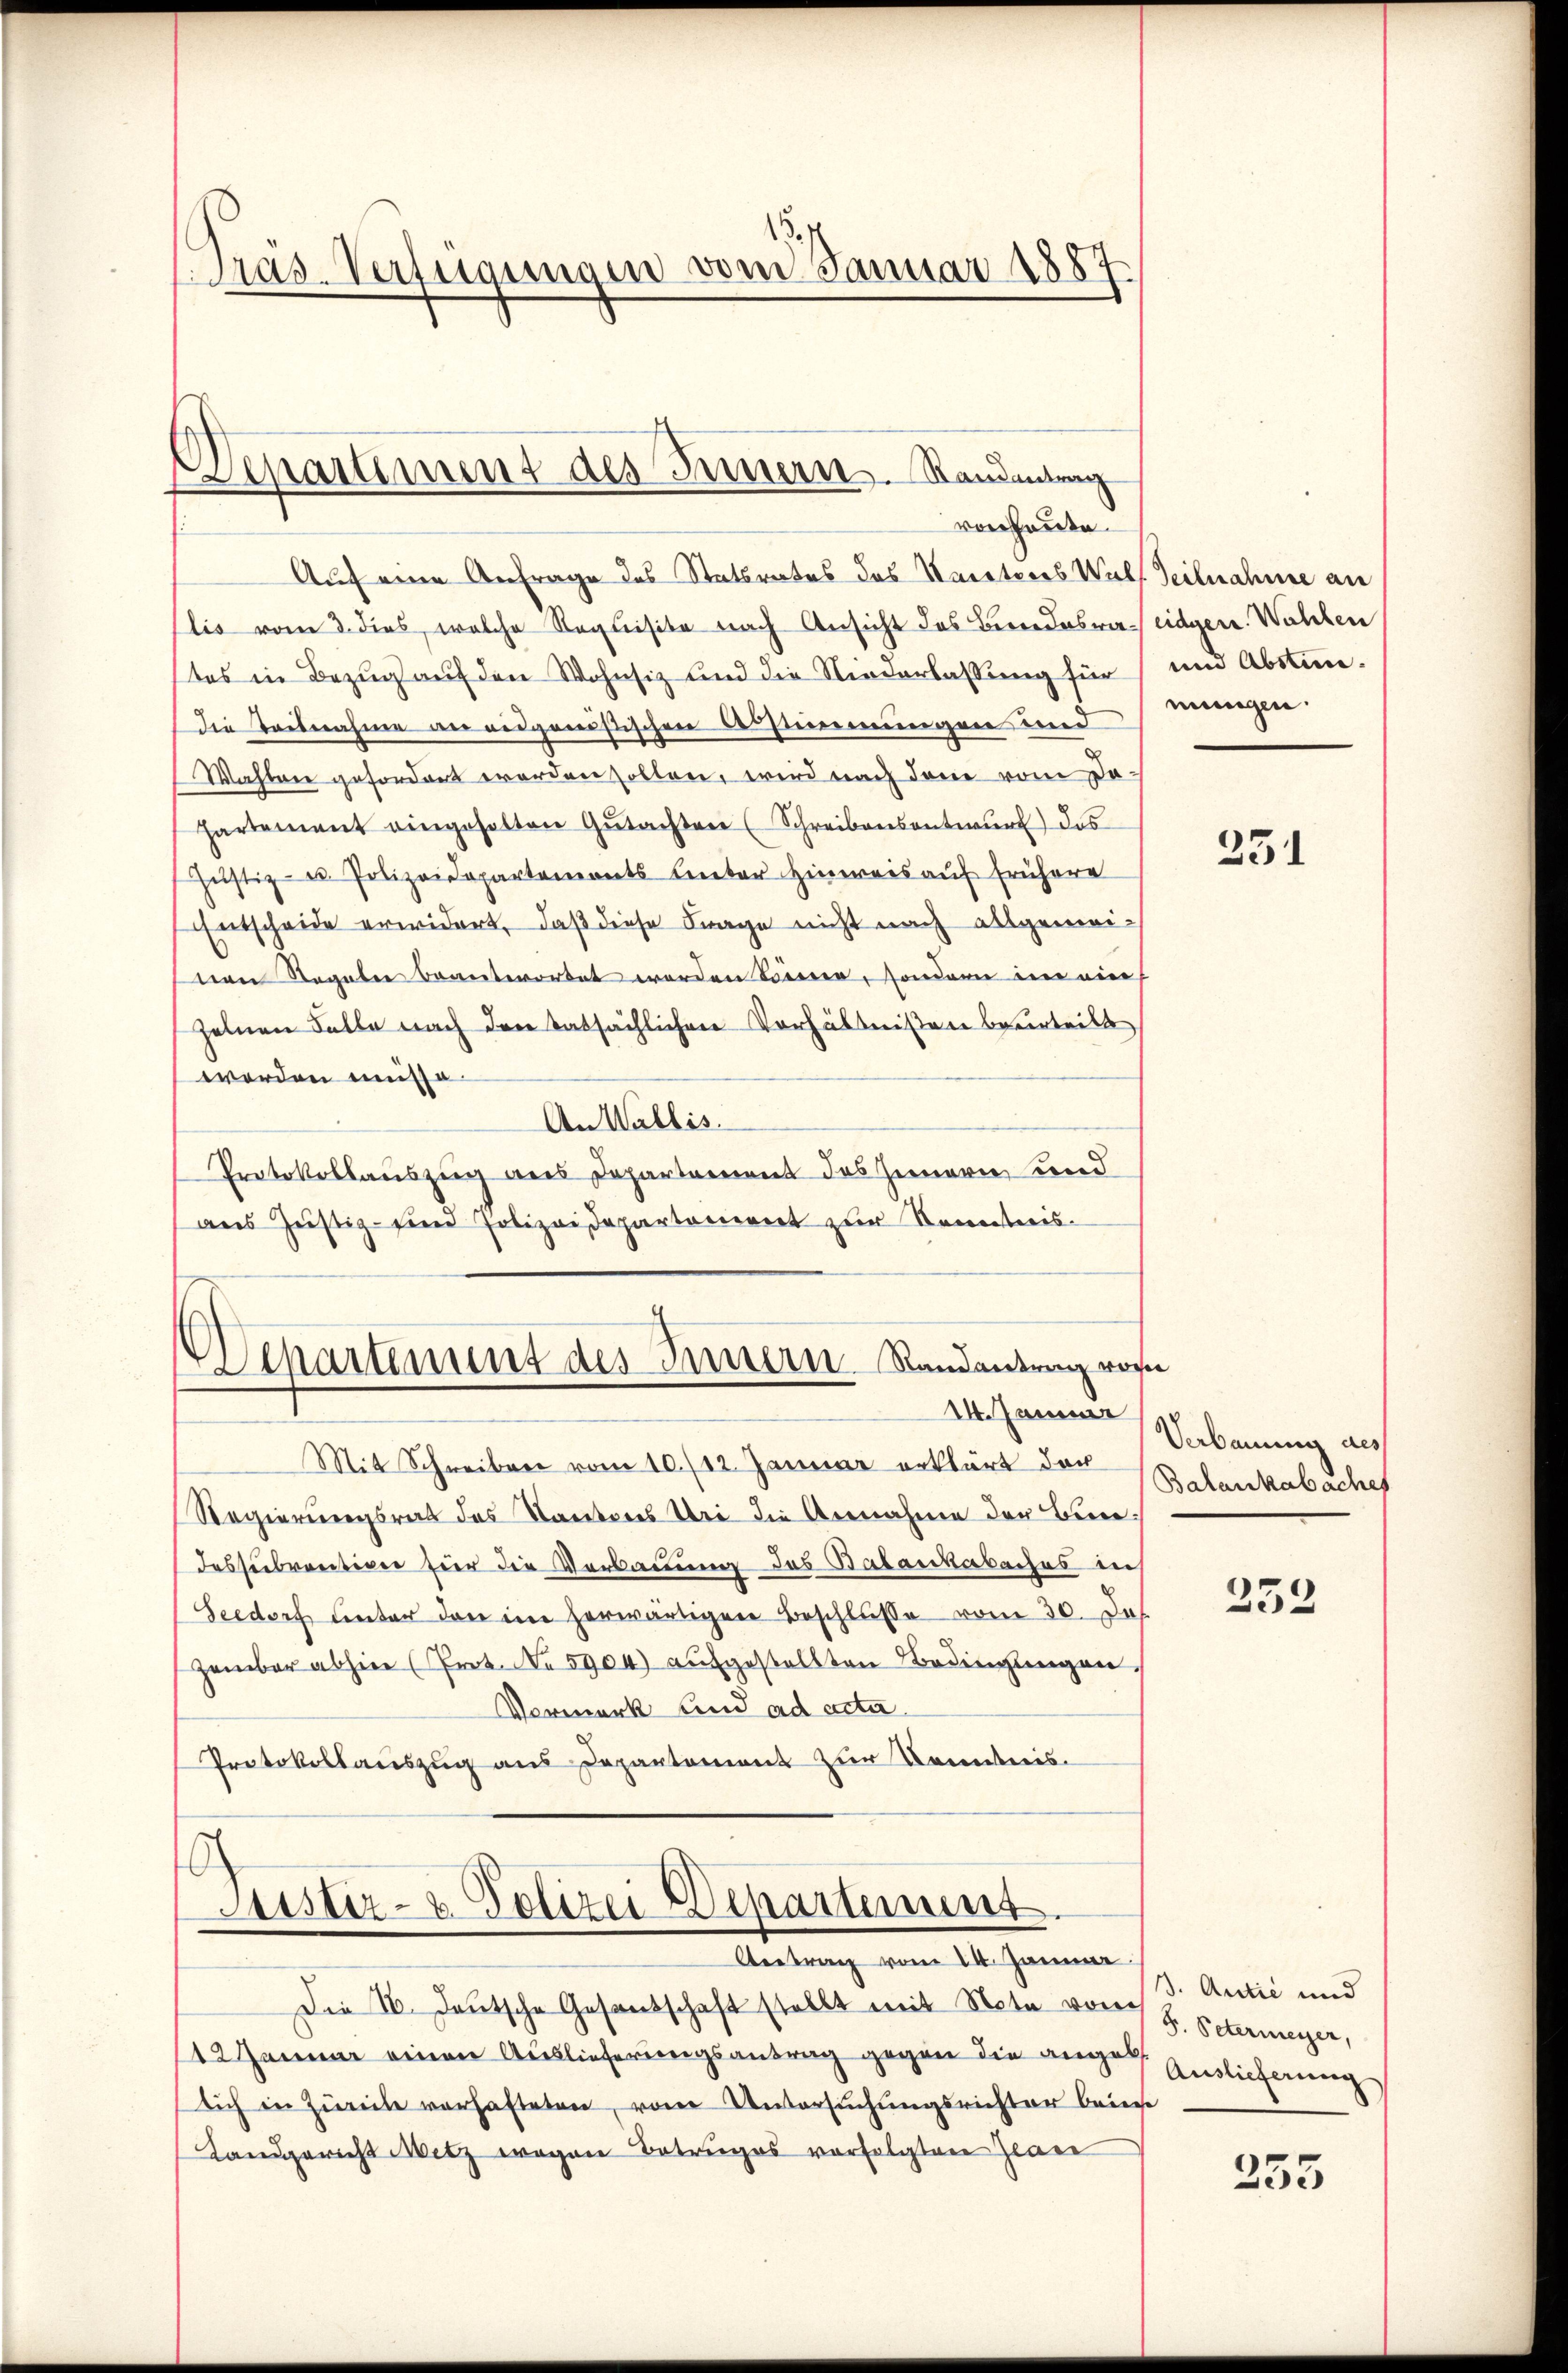
1
Pras-Verfügungen vom Januar 1887.

Venartement des Innern. Randentrag
von heute.

Auf eine Anfrage des Statsrates des Karatores Wals Teilnahme an
lis vom 3. dies, welche Requisite nach Ansicht des Beredes eidgen. Wahlen
tes in Bezug auf den Wohnsiz und die Niederlassung für
Die Teilnahme an ausgenößischen Bestimmungen und
Wahlen gefordert worden sollen, wird nach dem vom Dahartement eingeholten Gŭtachten (Schreibensentwŭrf das
Jŭstiz- u. Polizeidepartemonts Unter Hinweis aŭf frühere
Entscheide erwidert, daß diese Frage nicht nach allgemeivon Regaler beantwortet worden können, sondern in eine
zelnen Falle nach den tatsächlichen Verhältnißen beurteilt
worden missa
An Wallis.
Protokollauszug aus Departement des Innern und
aus Justiz- und Polizeidepartement zur Kenntnis-

Departement des Innern Randantrag von
14. Januar

Mit Schreiben vom 10./12. Januar erklärt der Schankabache
Regierungsrat des Kantores Bei die Annahme der Berne
Iessbrativen hier die Verbauung das Balankabaches aus
Seedorf unter den im herwärtigen Beschlusse vom 30. Jos.
zember abhin (Prot. No 5904) aufgestellten Bedingungen,
Vermerk und ad acta
Protokollauszug aus Departement zur Kenntnis.

.
Leister- u. Polizei-Departement.
Aetrag vom 14. Jänne

Die IV. Deutsche Gesandschaft stellt mit Neta vor J. Petermeyer,
42 Januar einen Auslieferungsantrag gegen die ange Auslicherung
Dich in Zürich verhafteten, vom Untersuchungsrichter beige
Landgericht Witz wegen Betruges verfolgten Zwaer

und Abstimmungen.

251

Verbauung des

233

3. Actie und

255